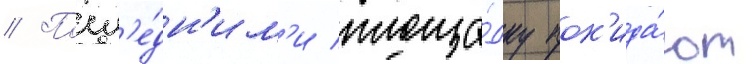
// Посл'е́дн'им'и площа́дку пок'ида́ют